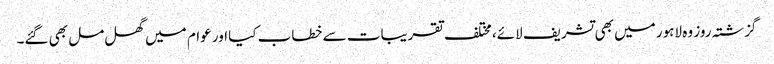
گزشتہ روز وہ لاہور میں بھی تشریف لائے، مختلف تقریبات سے خطاب کیا اور عوام میں گھل مل بھی گئے۔